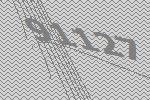
91127